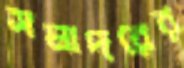
সমাদরের